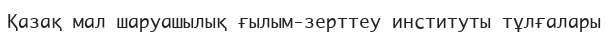
Қазақ мал шаруашылық ғылым-зерттеу институты тұлғалары